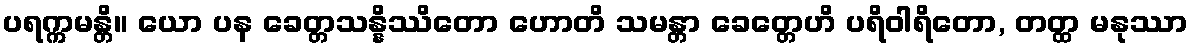
ပရက္ကမန္တိ။ ယော ပန ခေတ္တသန္နိဿိတော ဟောတိ သမန္တာ ခေတ္တေဟိ ပရိဝါရိတော, တတ္ထ မနုဿာ